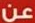
عن